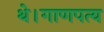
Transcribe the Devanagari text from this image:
थे।गाणपत्य